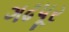
ગઢપૂર